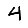
Digit: 4